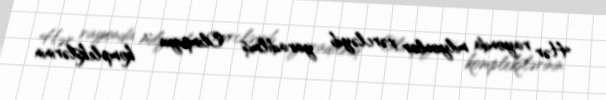
Hər rayonda milyonlar xərcləyib yaradılmış ‘’Olimpiya ‘’ komplekslərinin